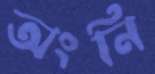
অংনি